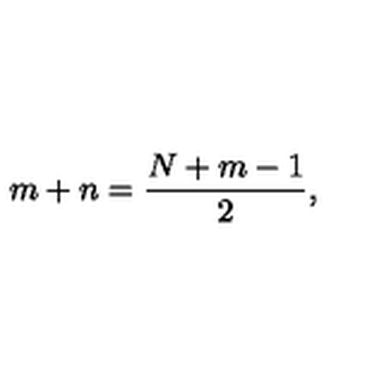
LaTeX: m + n = \frac { N + m - 1 } { 2 } ,